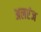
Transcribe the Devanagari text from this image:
अलएंज